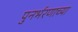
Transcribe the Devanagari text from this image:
पुनर्भरणाच्या